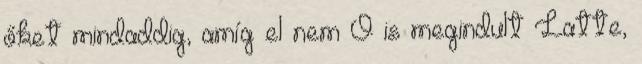
őket mindaddig, amíg el nem Ő is megindult Latte,